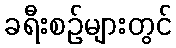
ခရီးစဉ်များတွင်